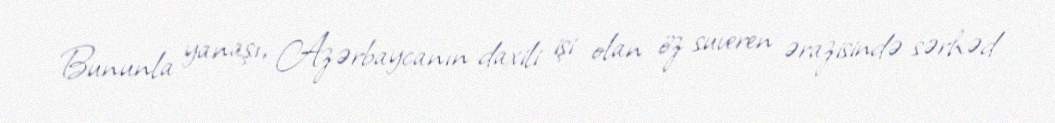
Bununla yanaşı, Azərbaycanın daxili işi olan öz suveren ərazisində sərhəd